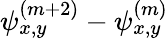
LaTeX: \psi_{x,y}^{(m+2)}-\psi_{x,y}^{(m)}